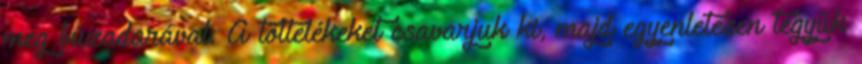
meg búzadarával. A töltelékeket csavarjuk ki, majd egyenletesen tegyük